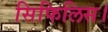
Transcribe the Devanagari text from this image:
सिफिलिस।